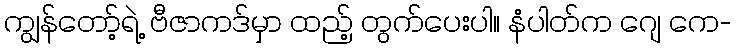
ကျွန်တော့်ရဲ့ ဗီဇာကဒ်မှာ ထည့် တွက်ပေးပါ။ နံပါတ်က ဂျေ ကေ-